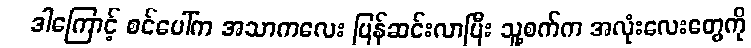
ဒါကြောင့် စင်ပေါ်က အသာကလေး ပြန်ဆင်းလာပြီး သူ့စက်က အလုံးလေးတွေကို